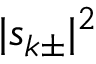
| s _ { k \pm } | ^ { 2 }